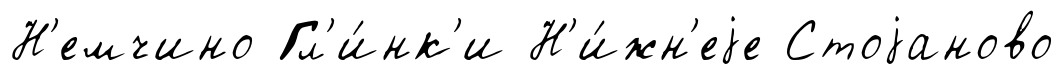
Н'емчино Гл'и́нк'и Н'и́жн'еjе Стоjаново